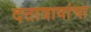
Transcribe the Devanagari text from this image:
दत्तात्रायांचा